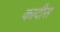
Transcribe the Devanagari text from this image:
कादीस